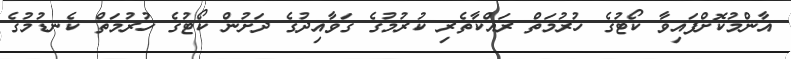
އާންމުކޮށްފައިވާ ކޯޓުގެ ހުރުމަތް ރައްކާތެރި ކުރުމުގެ ގަވާއިދުގެ ދަށުން ކޯޓުގެ ހުރުމަތް ކެނޑުމުގެ